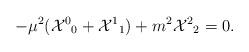
LaTeX: \begin{align*}-\mu^2 ({{\cal X}^0}_0 + {{\cal X}^1}_1) + m^2 {{\cal X}^2}_2 = 0.\end{align*}